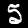
Digit: 5